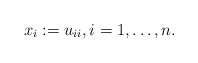
\begin{gather*}x_i:=u_{ii}, i=1,\ldots, n.\end{gather*}